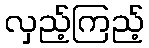
လှည့်ကြည့်